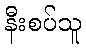
နီးစပ်သူ